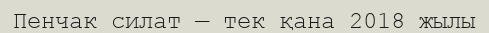
Пенчак силат — тек қана 2018 жылы